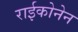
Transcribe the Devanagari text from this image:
राईकोनेन